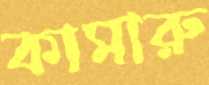
কামারু